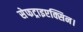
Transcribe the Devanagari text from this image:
सेफट्राइएक्सिन।